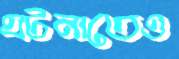
ঘটনাতেও